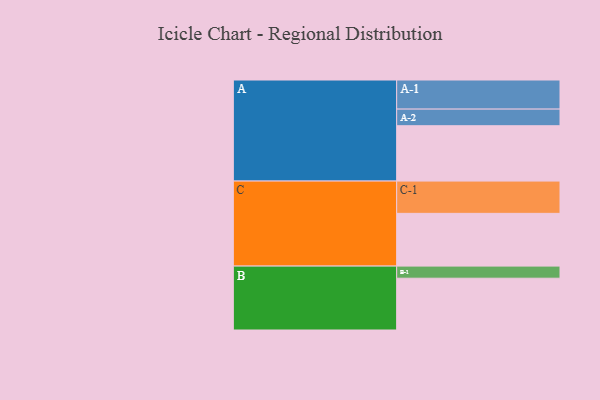
{"axis": {"x": "Segment", "y": "Value"}, "legend": ["", "A", "B", "C"], "data": [{"x": "A", "y": 466, "type": ""}, {"x": "B", "y": 436, "type": ""}, {"x": "C", "y": 444, "type": ""}, {"x": "A-1", "y": 245, "type": "A"}, {"x": "A-2", "y": 140, "type": "A"}, {"x": "B-1", "y": 102, "type": "B"}, {"x": "C-1", "y": 272, "type": "C"}]}